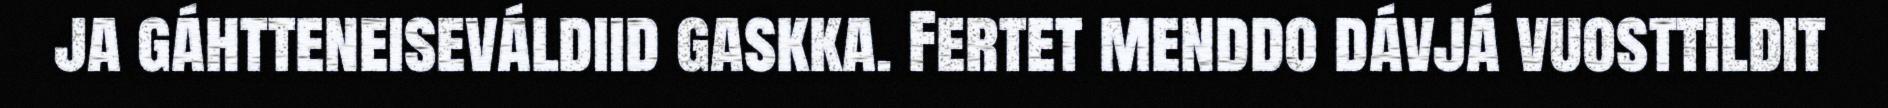
ja gáhtteneiseváldiid gaskka. Fertet menddo dávjá vuosttildit